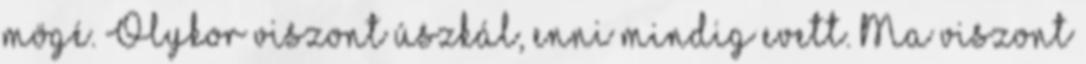
mögé. Olykor viszont úszkál, enni mindig evett. Ma viszont